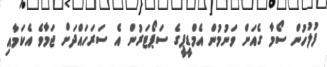
ފުލުހުން ސޯމާ ގެއަށް ވަނުމުން އެމްޑީޕީގެ ސަޕޯޓަރުން އެ ސަރަހައްދަށް ޖަމާވެ އެކަމާއި